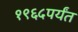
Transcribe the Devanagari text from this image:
१९६५पर्यंत